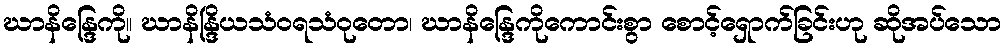
ဃာနိန္ဒြေကို။ ဃာနိန္ဒြိယသံဝရသံဝုတော၊ ဃာနိန္ဒြေကိုကောင်းစွာ စောင့်ရှောက်ခြင်းဟု ဆိုအပ်သော